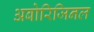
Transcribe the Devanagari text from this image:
अबोरिजिनल